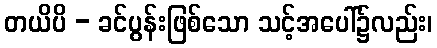
တယိပိ - ခင်ပွန်းဖြစ်သော သင့်အပေါ်၌လည်း၊